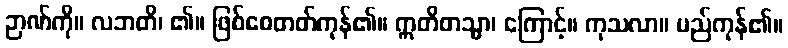
ဉာဏ်ကို။ လဘတိ၊ ၏။ ဖြစ်စေတတ်ကုန်၏။ ဣတိတသ္မာ၊ ကြောင့်။ ကုသလာ။ မည်ကုန်၏။